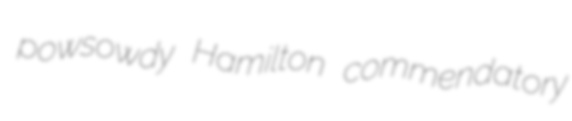
powsowdy Hamilton commendatory